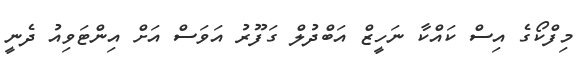
މިފްކޯގެ އިސް ކައްކާ ނަހީޒް އަބްދުލް ގަފޫރު އަވަސް އަށް އިންޓަވިއު ދެނީ